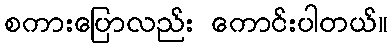
စကားပြောလည်း ကောင်းပါတယ်။